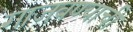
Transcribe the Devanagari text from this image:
गाजवण्याची